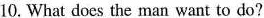
10.What does the man want to do?